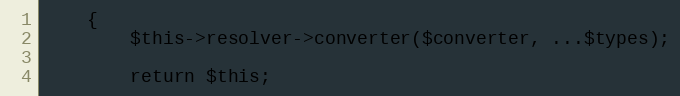
Language: PHP
    {
        $this->resolver->converter($converter, ...$types);

        return $this;